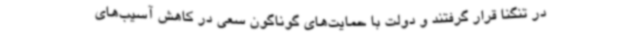
در تنگنا قرار گرفتند و دولت با حمایت‌های گوناگون سعی در کاهش آسیب‌های